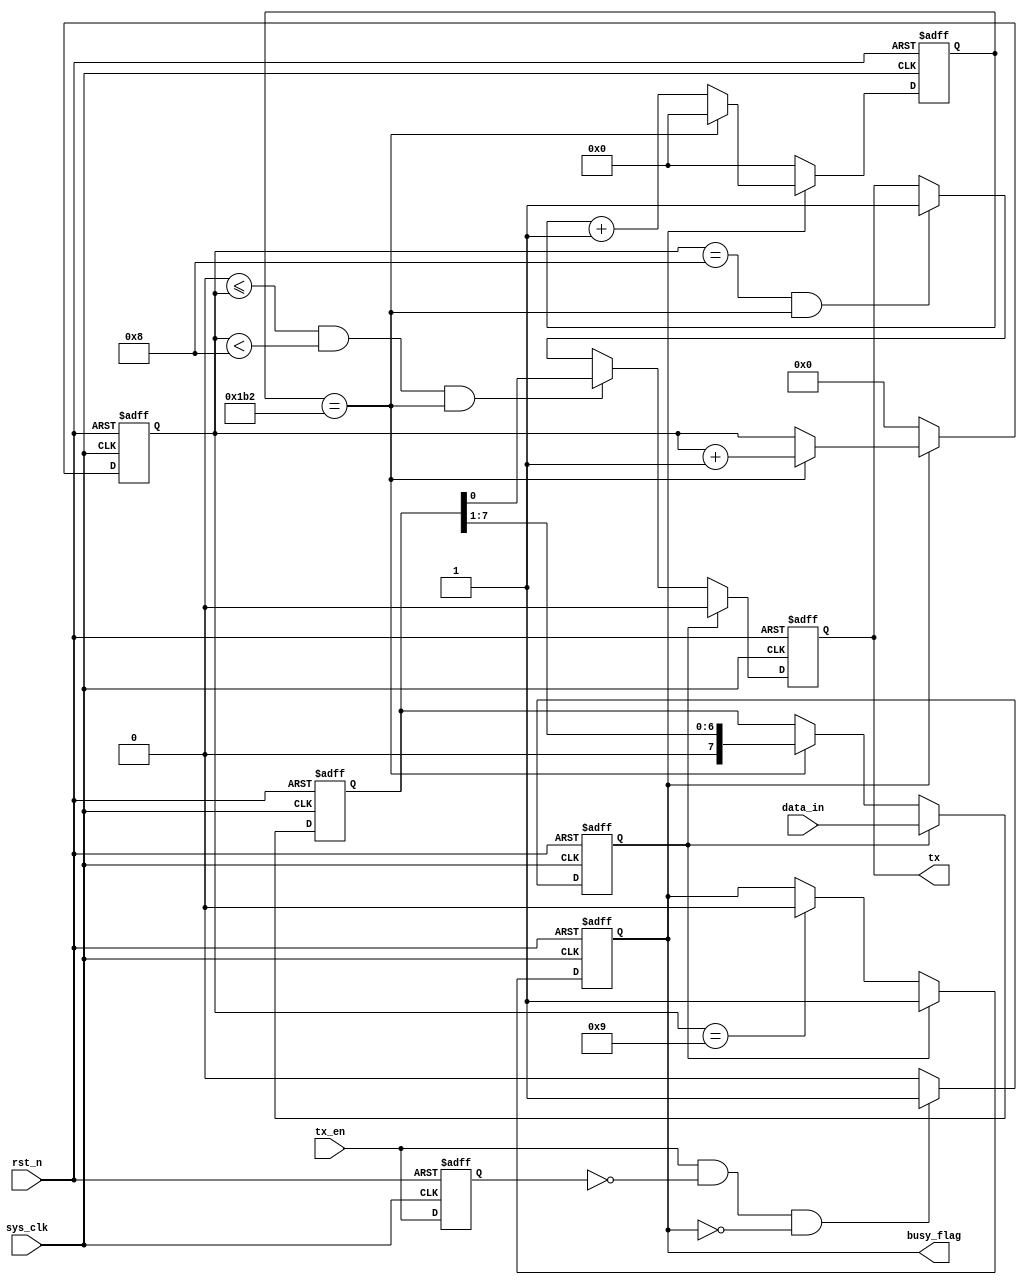
module UART_TX 
(
    input  wire      sys_clk, 
    input  wire      rst_n,       // 
    input  wire[7:0] data_in,     //
    input  wire      tx_en,       //TXdata_in
    output wire      busy_flag,   //tx_en
    output reg       tx           //           
);  

    parameter Baud_9600 = 13'd5207;  //50MHz1/9600s
    parameter Baud_115200 = 13'd434; //50MHz1/115200s
    
//    reg        en_reg1, en_reg2, en_reg3;  //reg1reg2reg3
    reg        en_reg;                     //sys_clk
    reg        start_flag;                 //
    reg        work_flag;                  //
    reg [12:0] baud_cnt;                   //
    reg [3:0]  bit_cnt;                    //
    reg [7:0]  data_reg;                   //



   
    always @(posedge sys_clk, negedge rst_n) begin
        if(rst_n == 1'b0) 
            en_reg <= 1'b0;
        else 
            en_reg <= tx_en;
    end
    
    
    //start_flag
    always @(posedge sys_clk, negedge rst_n) begin
        if(rst_n == 1'b0) 
            start_flag <= 1'b0;
        else if((tx_en == 1'b1) && (en_reg == 1'b0) && (busy_flag == 1'b0))
            start_flag <= 1'b1;
        else
            start_flag <= 1'b0;
    end
    
    
    //work_flag
    always @(posedge sys_clk, negedge rst_n) begin
        if(rst_n == 1'b0) 
            work_flag <= 1'b0;
        else if(start_flag == 1'b1)
            work_flag <= 1'b1;
        else if(bit_cnt == 4'd9)            //work_flag
            work_flag <= 1'b0;
        else
            work_flag <= work_flag;
    end
    
    
    //baud_cnt
    always @(posedge sys_clk, negedge rst_n) begin
        if(rst_n == 1'b0) 
            baud_cnt <= 13'd0;
        else if(work_flag == 1'b1) begin 
            if(baud_cnt == Baud_115200)
                baud_cnt <= 13'd0;
            else 
                baud_cnt <= baud_cnt + 13'd1;
        end
        else   
            baud_cnt <= 13'd0;
    end
    
    
    //bit_cnt
    always @(posedge sys_clk, negedge rst_n) begin
        if(rst_n == 1'b0) 
            bit_cnt <= 4'd0;
        else if(work_flag == 1'b0)         //bit_cnt
            bit_cnt <= 4'd0;
        else if(baud_cnt == Baud_115200)  
            bit_cnt <= bit_cnt + 4'd1;
        else   
            bit_cnt <= bit_cnt;
    end
    
    
    //data_reg
    always @(posedge sys_clk, negedge rst_n) begin
        if(rst_n == 1'b0) 
            data_reg <= 8'd0;
        else if(start_flag == 1'b1)  
            data_reg <= data_in;
        else if(baud_cnt == Baud_115200)      
            data_reg <= {1'b0, data_reg[7:1]};
        else   
            data_reg <= data_reg;
    end


    //tx
    always @(posedge sys_clk, negedge rst_n) begin
        if(rst_n == 1'b0) 
            tx <= 1'b1;
        else if(start_flag == 1'b1)     //
            tx <= 1'b0;
        else if((4'd0 <= bit_cnt) && (bit_cnt < 4'd8) && (baud_cnt == Baud_115200)) 
            tx <= data_reg[0];
        else if((bit_cnt == 4'd8) && (baud_cnt == Baud_115200))      //
            tx <= 1'b1;
        else
            tx <= tx;
    end


    //busy_flag
    assign busy_flag = work_flag;
endmodule